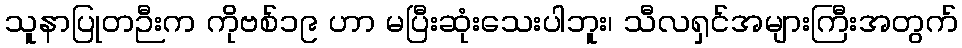
သူနာပြုတဉီးက ကိုဗစ်၁၉ ဟာ မပြီးဆုံးသေးပါဘူး၊ သီလရှင်အများကြီးအတွက်